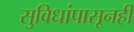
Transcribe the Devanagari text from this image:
सुविधांपासूनही